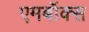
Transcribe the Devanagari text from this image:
एमबॉक्स